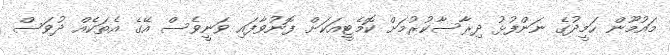
މައުމޫން ހަމީދުގެ ނަންފުޅު ދިރާސާކުރުމަށް ކޮމެޓީއަކަށް ފޮނުވާފައި ވަނީވެސް އޭގެ އެތަކެއް ދުވަސް